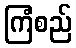
ကြံစည်